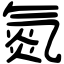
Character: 氮